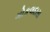
ગોકલદાસ